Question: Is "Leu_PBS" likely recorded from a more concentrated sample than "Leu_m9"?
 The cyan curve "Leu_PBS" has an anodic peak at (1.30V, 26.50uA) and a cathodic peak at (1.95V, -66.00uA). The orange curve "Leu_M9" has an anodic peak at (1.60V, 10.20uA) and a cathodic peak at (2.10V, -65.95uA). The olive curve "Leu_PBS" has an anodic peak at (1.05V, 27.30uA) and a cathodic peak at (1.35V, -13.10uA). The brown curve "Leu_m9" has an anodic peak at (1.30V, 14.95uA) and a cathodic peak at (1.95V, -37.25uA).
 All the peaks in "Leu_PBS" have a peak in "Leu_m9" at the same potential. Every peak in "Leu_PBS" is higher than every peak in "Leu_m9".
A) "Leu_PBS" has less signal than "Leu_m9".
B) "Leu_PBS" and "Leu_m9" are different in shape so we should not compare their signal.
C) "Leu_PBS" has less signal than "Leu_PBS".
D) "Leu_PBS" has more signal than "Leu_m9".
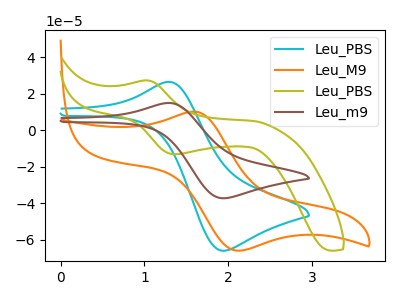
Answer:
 <answer>D) "Leu_PBS" has more signal than "Leu_m9".</answer>
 <eval>D</eval>